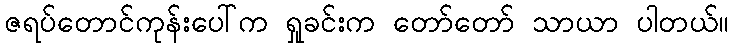
ဇရပ်တောင်ကုန်းပေါ်က ရှုခင်းက တော်တော် သာယာ ပါတယ်။